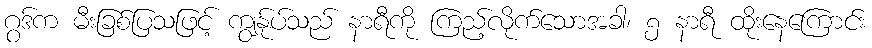
ဂွဒ်က မီးခြစ်ပြသဖြင့် ကျွန်ုပ်သည် နာရီကို ကြည့်လိုက်သောအခါ၊ ၅ နာရီ ထိုးနေကြောင်း